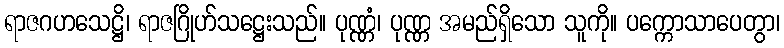
ရာဇဂဟသေဋ္ဌိ၊ ရာဇဂြိုဟ်သဋ္ဌေးသည်။ ပုဏ္ဏံ၊ ပုဏ္ဏ အမည်ရှိသော သူကို။ ပက္ကောသာပေတွာ၊